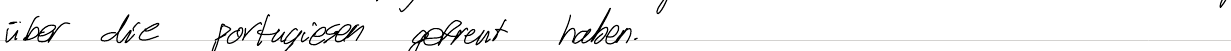
über die Portugiesen gefreut haben.